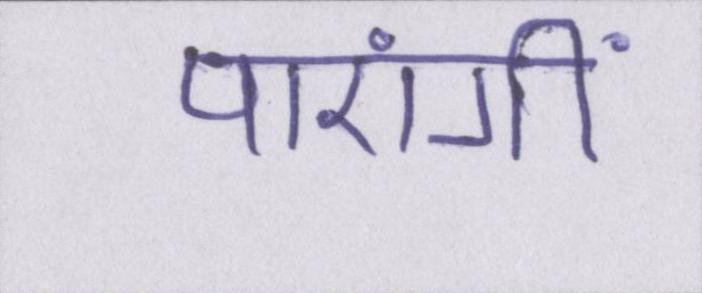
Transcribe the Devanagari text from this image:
पाएंगीं